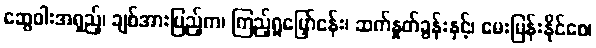
ဆွေဝါးအရှည့်၊ ချစ်အားပြည့်က၊ ကြည့်ရှုမြှော်ငန်း၊ ဆက်နှုတ်ခွန်းနှင့်၊ မေးမြန်းနိုင်စေ၊